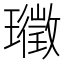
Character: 𭺉